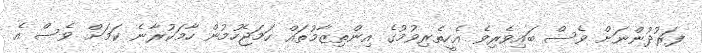
ފަރުދުންނަށް ވެސް ބައިވެރިވެ އެހީތެރިވުމުގެ އިންތިޒާމުތައް ހަމަޖެހުމުން ހާމަކުރާނެ ކަމަށް ވެސް އެ